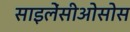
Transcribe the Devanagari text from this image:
साइलेंसीओसोस